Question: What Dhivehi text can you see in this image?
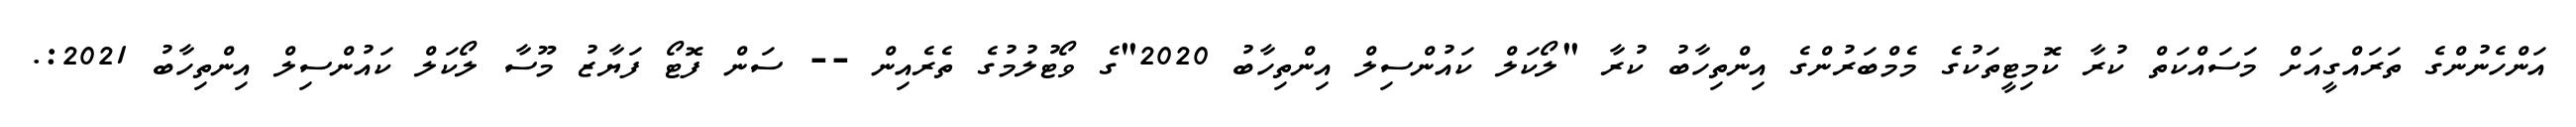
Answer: އަންހެނުންގެ ތަރައްގީއަށް މަސައްކަތް ކުރާ ކޮމިޓީތަކުގެ މެމްބަރުންގެ އިންތިހާބު ކުރާ "ލޯކަލް ކައުންސިލް އިންތިހާބު 2020"ގެ ވޯޓުލުމުގެ ތެރެއިން -- ސަން ފޮޓޯ ފަޔާޒު މޫސާ ލޯކަލް ކައުންސިލް އިންތިހާބު 2021:.